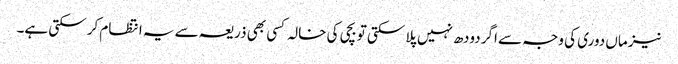
نیز ماں دوری کی وجہ سے اگر دودھ نہیں پلا سکتی تو بچی کی خالہ کسی بھی ذریعہ سے یہ انتظام کر سکتی ہے۔